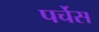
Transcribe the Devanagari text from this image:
पर्चेस